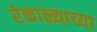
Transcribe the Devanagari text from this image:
रंकाळ्याच्या